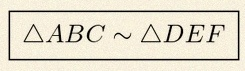
\triangle ABC\sim\triangle DEF